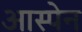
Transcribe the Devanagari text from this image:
आस्पेन